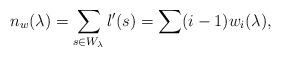
LaTeX: \begin{align*}n_w(\lambda) = \sum_{s \in W_{\lambda}} l'(s) = \sum (i - 1)w_i(\lambda),\end{align*}